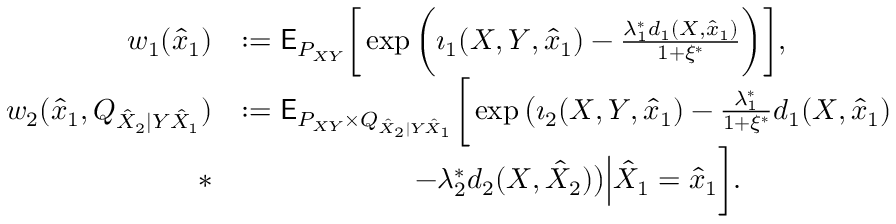
\begin{array} { r l } { w _ { 1 } ( \hat { x } _ { 1 } ) } & { : = \mathsf { E } _ { P _ { X Y } } \bigg [ \exp \bigg ( \imath _ { 1 } ( X , Y , \hat { x } _ { 1 } ) - \frac { \lambda _ { 1 } ^ { * } d _ { 1 } ( X , \hat { x } _ { 1 } ) } { 1 + \xi ^ { * } } \bigg ) \bigg ] , } \\ { w _ { 2 } ( \hat { x } _ { 1 } , Q _ { \hat { X } _ { 2 } | Y \hat { X } _ { 1 } } ) } & { : = \mathsf { E } _ { P _ { X Y } \times Q _ { \hat { X } _ { 2 } | Y \hat { X } _ { 1 } } } \bigg [ \exp \big ( \imath _ { 2 } ( X , Y , \hat { x } _ { 1 } ) - \frac { \lambda _ { 1 } ^ { * } } { 1 + \xi ^ { * } } d _ { 1 } ( X , \hat { x } _ { 1 } ) } \\ { * } & { \qquad \qquad \qquad - \lambda _ { 2 } ^ { * } d _ { 2 } ( X , \hat { X } _ { 2 } ) \big ) \Big | \hat { X } _ { 1 } = \hat { x } _ { 1 } \bigg ] . } \end{array}